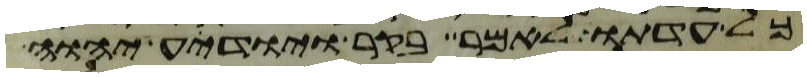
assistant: כל עדתו לאמר בקר ויודע יהוה